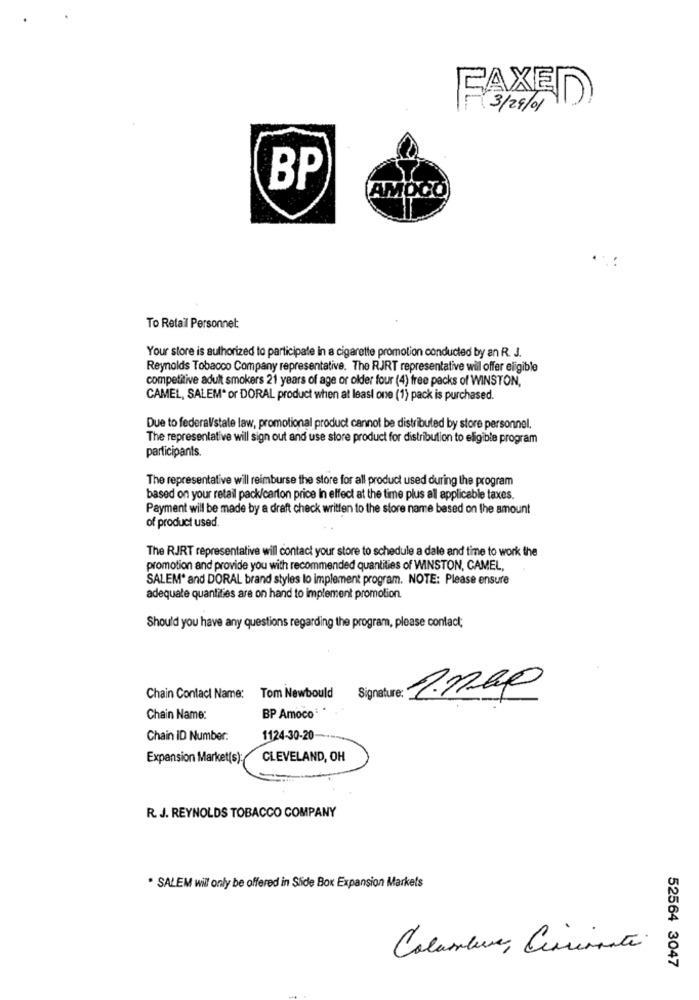
FAXED
3/29/01
BP
AMOCO
.:
To Retail Personnel:
Your store is authorized to participate in a cigarette promotion conducted by an R. J.
Reynolds Tobacco Company representative. The RJRT representative will offer eligible
competitive adult smokers 21 years of age or older four (4) free packs of WINSTON,
CAMEL, SALEM* or DORAL product when at least one (1) pack is purchased.
Due to federal/state law, promotional product cannot be distributed by store personnel.
The representative will sign out and use store product for distribution to eligible program
participants.
The representative will reimburse the store for all product used during the program
based on your retail pack/carton price In effect at the time plus all applicable taxes.
Payment will be made by a draft check written to the store name based on the amount
of product used.
The RJRT representative will contact your store to schedule a dale and time to work the
promotion and provide you with recommended quantities of WINSTON, CAMEL,
SALEM* and DORAL brand styles lo implement program. NOTE: Please ensure
adequate quantities are on hand to implement promotion.
Should you have any questions regarding the program, please contact;
Chain Contact Name: Tom Newbould
Chain Name:
BP Amoco*
Chain ID Number:
1124-30-20-
Expansion Market(s);
CLEVELAND, OH
R. J. REYNOLDS TOBACCO COMPANY
* SALEM wil only be offered in Slide Box Expansion Markets
52564 3047